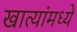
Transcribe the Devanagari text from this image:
खात्यांमध्ये